Indian journal of veterinary science and animal husbandry - Volume 5,
Year: 1935
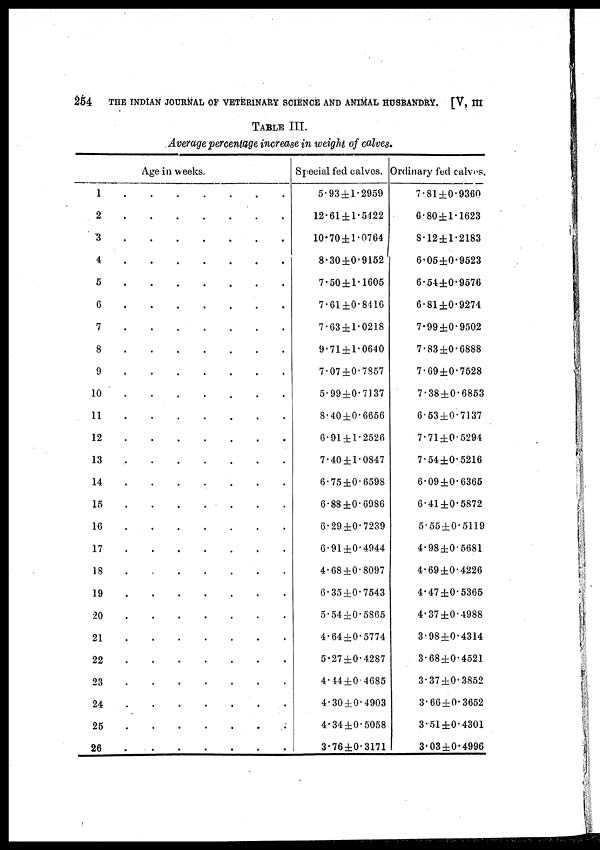
254
THE INDIAN JOURNAL OF VETERINARY SCIENCE AND ANIMAL HUSBANDRY. [V, III
TABLE III.
Average percentage increase in weight of calves.
Age in weeks.
1 . . . . . . .
2 . . . . . . .
3 . . . . . . .
4 . . . . . . .
5 . . . . . . .
6 . . . . . . .
7 . . . . . . .
8 . . . . . . .
9 . . . . . . .
10 . . . . . . .
11 . . . . . . .
12 . . . . . . .
13 . . . . . . .
14 . . . . . . .
15 . . . . . . .
16 . . . . . . .
17 . . . . . . .
18 . . . . . . .
19 . . . . . . .
20 . . . . . . .
21 . . . . . . .
22 . . . . . . .
23 . . . . . . .
24 . . . . . . .
25 . . . . . . .
26 . . . . . . .
Special fed calves.
5.93 ± 1.2959
12.61 ± 1.5122
10.70 ± 1.0764
8.30 ± 0.9152
7.50 ± 1.1605
7.61 ± 0.8416
7.63 ± 1.0218
9.71 ± 1.0640
7.07 ± 0.7857
5.99 ± 0.7137
8.40 ± 0.6656
6.91 ± 1.2526
7.40 ± 1.0847
6.75 ± 0.6598
6.88 ± 0.6986
6.29 ± 0.7239
6.91 ± 0.4944
4.68 ± 0.8097
6.35 ± 0.7543
5.54 ± 0.5865
4.64 ± 0.5774
5.27 ± 0.4287
4.44 ± 0.4685
4.30 ± 0.4903
4.34 ± 0.5058
3.76 ± 0.3171
Ordinary fed calves.
7.81 ± 0.9360
6.80 ± 1.1623
8.12 ± 1.2183
6.05 ± 0.9523
6.54 ± 0.9576
6.81 ± 0.9274
7.99 ± 0.9502
7.83 ± 0.6888
7.69 ± 0.7528
7.38 ± 0.6853
6.53 ± 0.7137
7.71 ± 0.5294
7.54 ± 0.5216
6.09 ± 0.6365
6.41 ± 0.5872
5.55 ± 0.5119
4.98 ± 0.5681
4.69 ± 0.4226
4.47 ± 0.5365
4.37 ± 0.4988
4.98 ± 0.4314
3.68 ± 0.4521
3.37 ± 0.3852
3.66 ± 0.3652
3.51 ± 0.4301
3.03 ± 0.4996